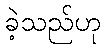
ခဲ့သည်ဟု